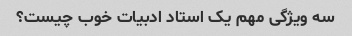
سه ویژگی مهم یک استاد ادبیات خوب چیست؟